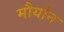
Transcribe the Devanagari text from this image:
मौर्यान